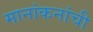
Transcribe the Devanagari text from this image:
मानांकनांची